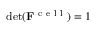
\begin{array} { r } { \operatorname* { d e t } ( \mathbf { F } ^ { \mathrm { ~ c ~ e ~ l ~ l ~ } } ) = 1 } \end{array}